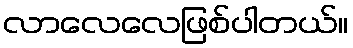
လာလေလေဖြစ်ပါတယ်။